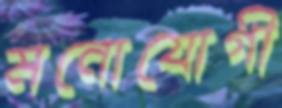
মনোযোগী